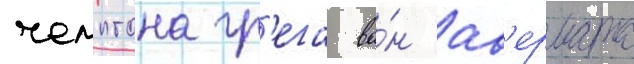
чемптона гр'ега ва́н ав'ермата